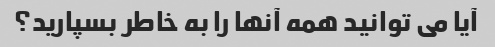
آیا می توانید همه آنها را به خاطر بسپارید؟